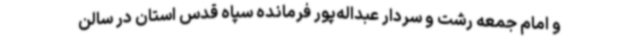
و امام جمعه رشت و سردار عبداله‌پور فرمانده سپاه قدس استان در سالن